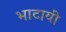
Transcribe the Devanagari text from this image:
भाटायी